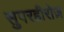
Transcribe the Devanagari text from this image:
सुपरहीरोज़